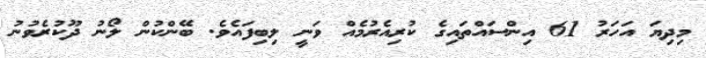
މިދިޔަ އަހަރު 61 އިންސައްތައިގެ ކުރިއެރުމެއް ވަނީ ލިބިފައެވެ. ބޭންކުން ލޯނު ދޫކުރެވުނު